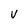
Character: V